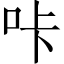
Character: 咔